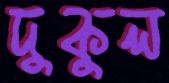
দুকুল